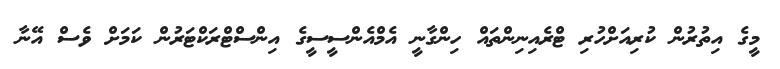
މީގެ އިތުރުން ކުރިއަށްހުރި ޓްރެއިނިންތައް ހިންގާނީ އެމްއެންސީސީގެ އިންސްޓްރަކްޓަރުން ކަމަށް ވެސް އޭނާ